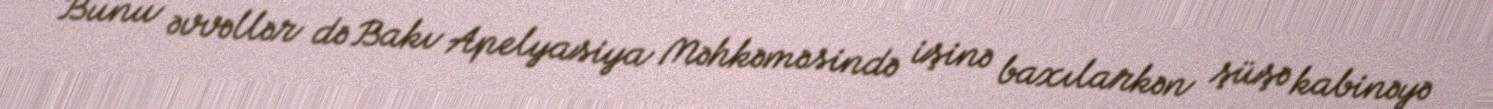
Bunu əvvəllər də Bakı Apelyasiya Məhkəməsində işinə baxılarkən şüşə kabinəyə